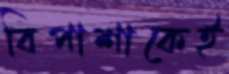
বিপাশাকেই